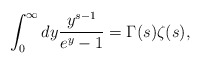
\begin{align*}\int_0^\infty dy {y^{s-1}\over e^y-1}=\Gamma(s)\zeta(s),\end{align*}